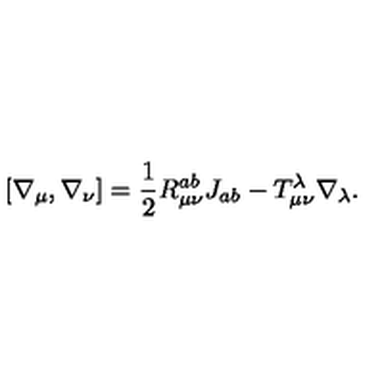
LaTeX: [ \nabla _ { \mu } , \nabla _ { \nu } ] = \frac { 1 } { 2 } R _ { \mu \nu } ^ { a b } J _ { a b } - T _ { \mu \nu } ^ { \lambda } \nabla _ { \lambda } .